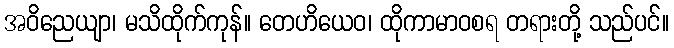
အဝိညေယျာ၊ မသိထိုက်ကုန်။ တေဟိယေဝ၊ ထိုကာမာဝစရ တရားတို့ သည်ပင်။